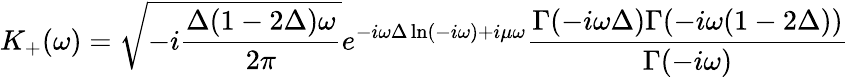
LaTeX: K_{+}(\omega)=\sqrt{-i\frac{\Delta(1-2\Delta)\omega}{2\pi}}e^{-i\omega\Delta\ln(-i\omega)+i\mu\omega}\frac{\Gamma(-i\omega\Delta)\Gamma(-i\omega(1-2\Delta))}{\Gamma(-i\omega)}